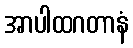
အာပါထဂတာနံ